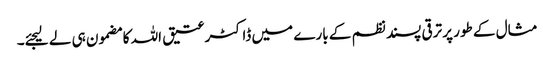
مثال کے طور پر ترقی پسند نظم کے بارے میں ڈاکٹر عتیق اللہ کا مضمون ہی لے لیجئے۔